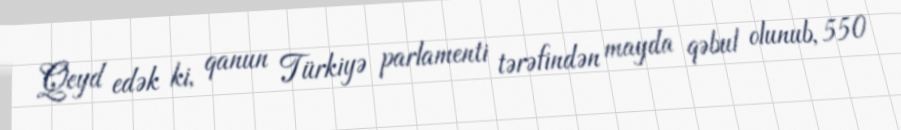
Qeyd edək ki, qanun Türkiyə parlamenti tərəfindən mayda qəbul olunub, 550